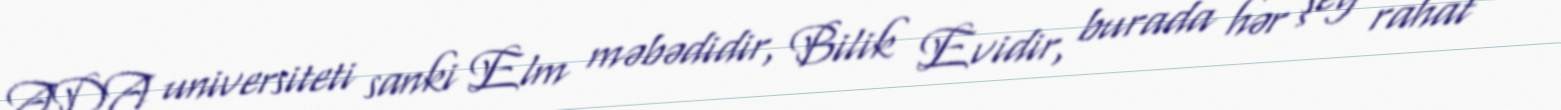
ADA universiteti sanki Elm məbədidir, Bilik Evidir, burada hər şey rahat və